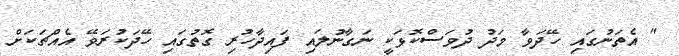
" އެތަނުގައި ހޭދަވާ މަދު ދުވަސްކޮޅަކީ ނަގާނުލައި ފައިދާހުރި ގޮތުގައި ހޭދަކުރަވޭ އެއްޗަކަށް